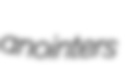
anointers